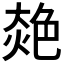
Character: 𦫜